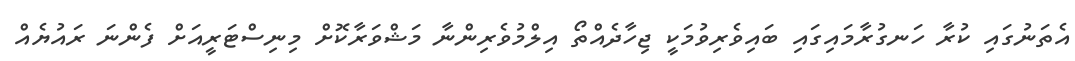
އެތަނުގައި ކުރާ ހަނގުރާމައިގައި ބައިވެރިވުމަކީ ޖިހާދެއްތޯ އިލްމުވެރިންނާ މަޝްވަރާކޮށް މިނިސްޓަރީއަށް ފެންނަ ރައުޔެއް